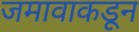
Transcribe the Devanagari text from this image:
जमावाकडून